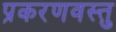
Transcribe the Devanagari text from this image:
प्रकरणवस्तु